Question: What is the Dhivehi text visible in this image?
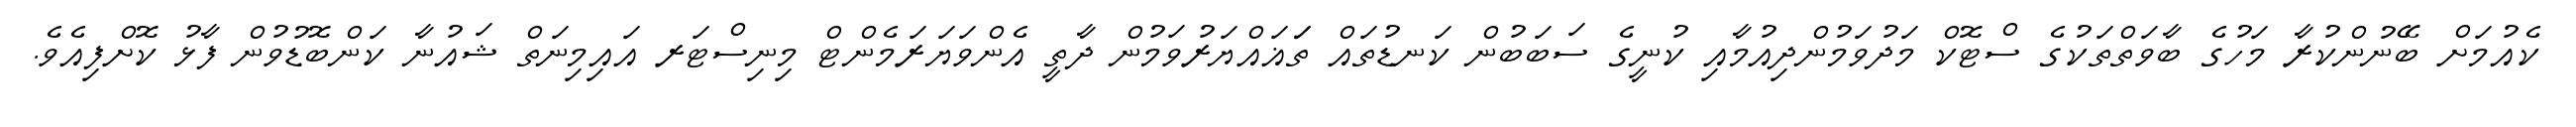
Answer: ކެއުމަށް ބޭނުންކުރާ މަހުގެ ބާވަތްތަކުގެ ސްޓޮކް މަދުވަމުންދިއުމާއި ކުނީގެ ސަބަބުން ކަނޑުތައް ތަަޣައްޔަރުވަމުން ދާތީ އެންވަޔަރަމެންޓް މިނިސްޓަރ އައިމިނަތް ޝައުނާ ކަންބޮޑުވުން ފާޅު ކޮށްފިއެވެ.